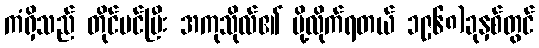
ကံရှိသည် တိုင်ပင်ပြီး အကုသိုလ်၏ ပို့လိုက်ရတယ် ၁၉၆၈)ခုနှစ်တွင်